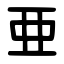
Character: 亜